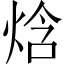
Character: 焓